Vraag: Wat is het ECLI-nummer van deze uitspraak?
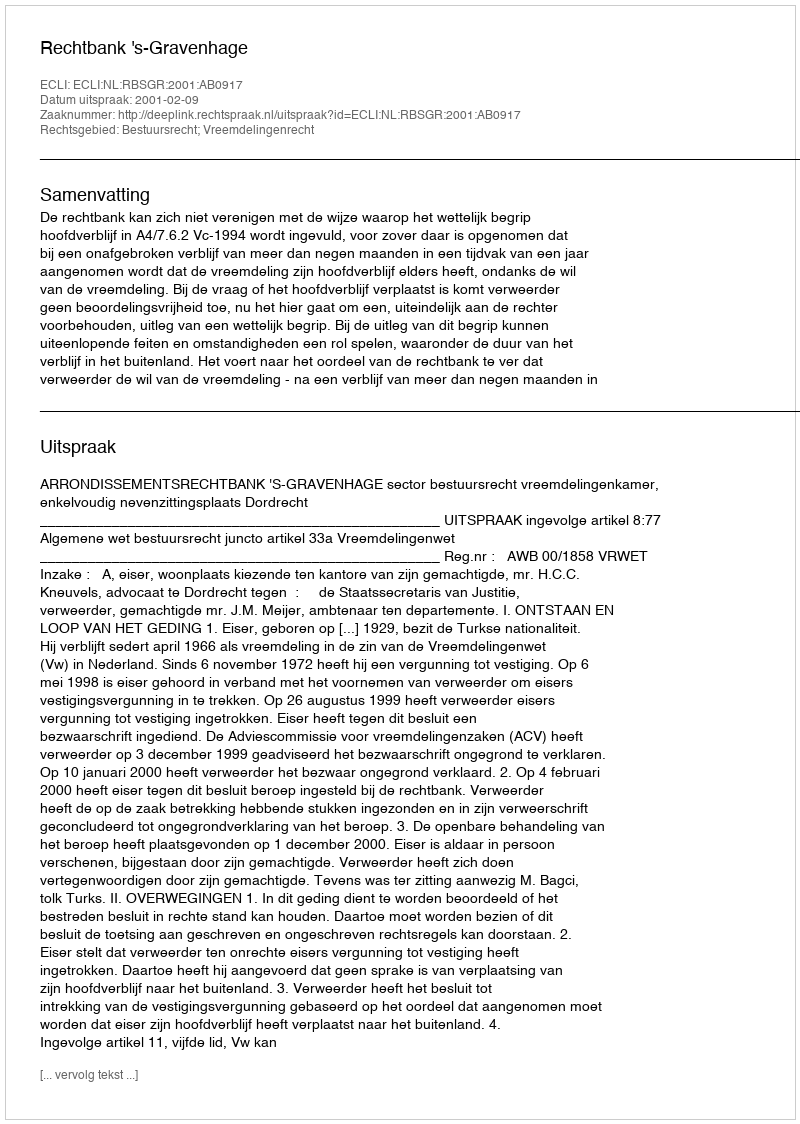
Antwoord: ECLI:NL:RBSGR:2001:AB0917